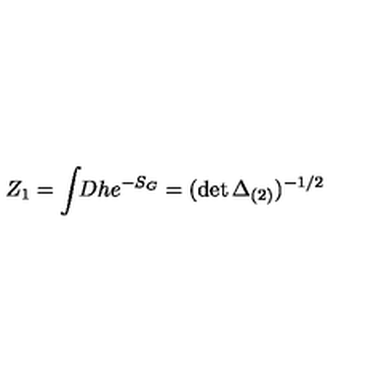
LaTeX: Z _ { 1 } = \int \! \! D h e ^ { - S _ { G } } = ( \det \Delta _ { ( 2 ) } ) ^ { - 1 / 2 }